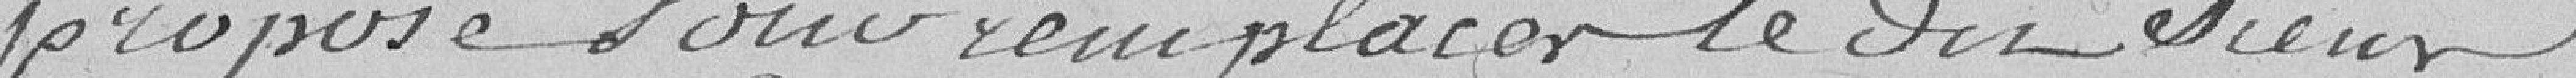
propose pour remplacer le dit sieur